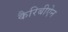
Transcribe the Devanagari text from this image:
कैरिबीऐन